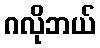
ဂလိုဘယ်